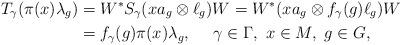
LaTeX: \begin{align*}T_\gamma(\pi(x)\lambda_g)&=W^*S_\gamma(xa_g\otimes \ell_g)W=W^*(xa_g\otimes f_\gamma(g)\ell_g)W\\&=f_\gamma(g)\pi(x)\lambda_g,\ \ \ \ \gamma\in \Gamma,\ x\in M,\ g\in G,\end{align*}